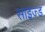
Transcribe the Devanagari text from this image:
साइज्ड